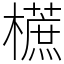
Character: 𣞢